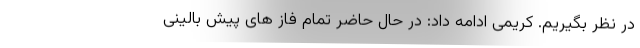
در نظر بگیریم. کریمی ادامه داد: در حال حاضر تمام فاز های پیش بالینی